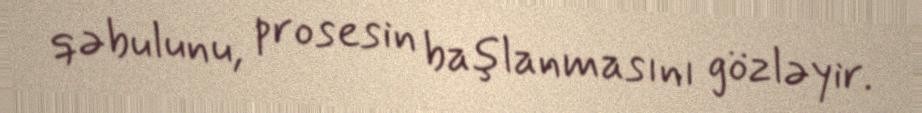
qəbulunu, prosesin başlanmasını gözləyir.